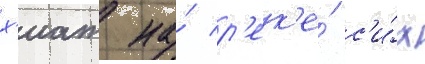
х'иат на́ р'ек'е́ с'и́х